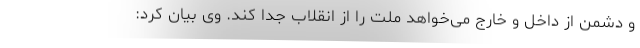
و دشمن از داخل و خارج می‌خواهد ملت را از انقلاب جدا کند. وی بیان کرد: